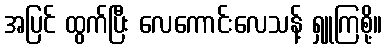
အပြင် ထွက်ပြီး လေကောင်းလေသန့် ရှူကြစို့။